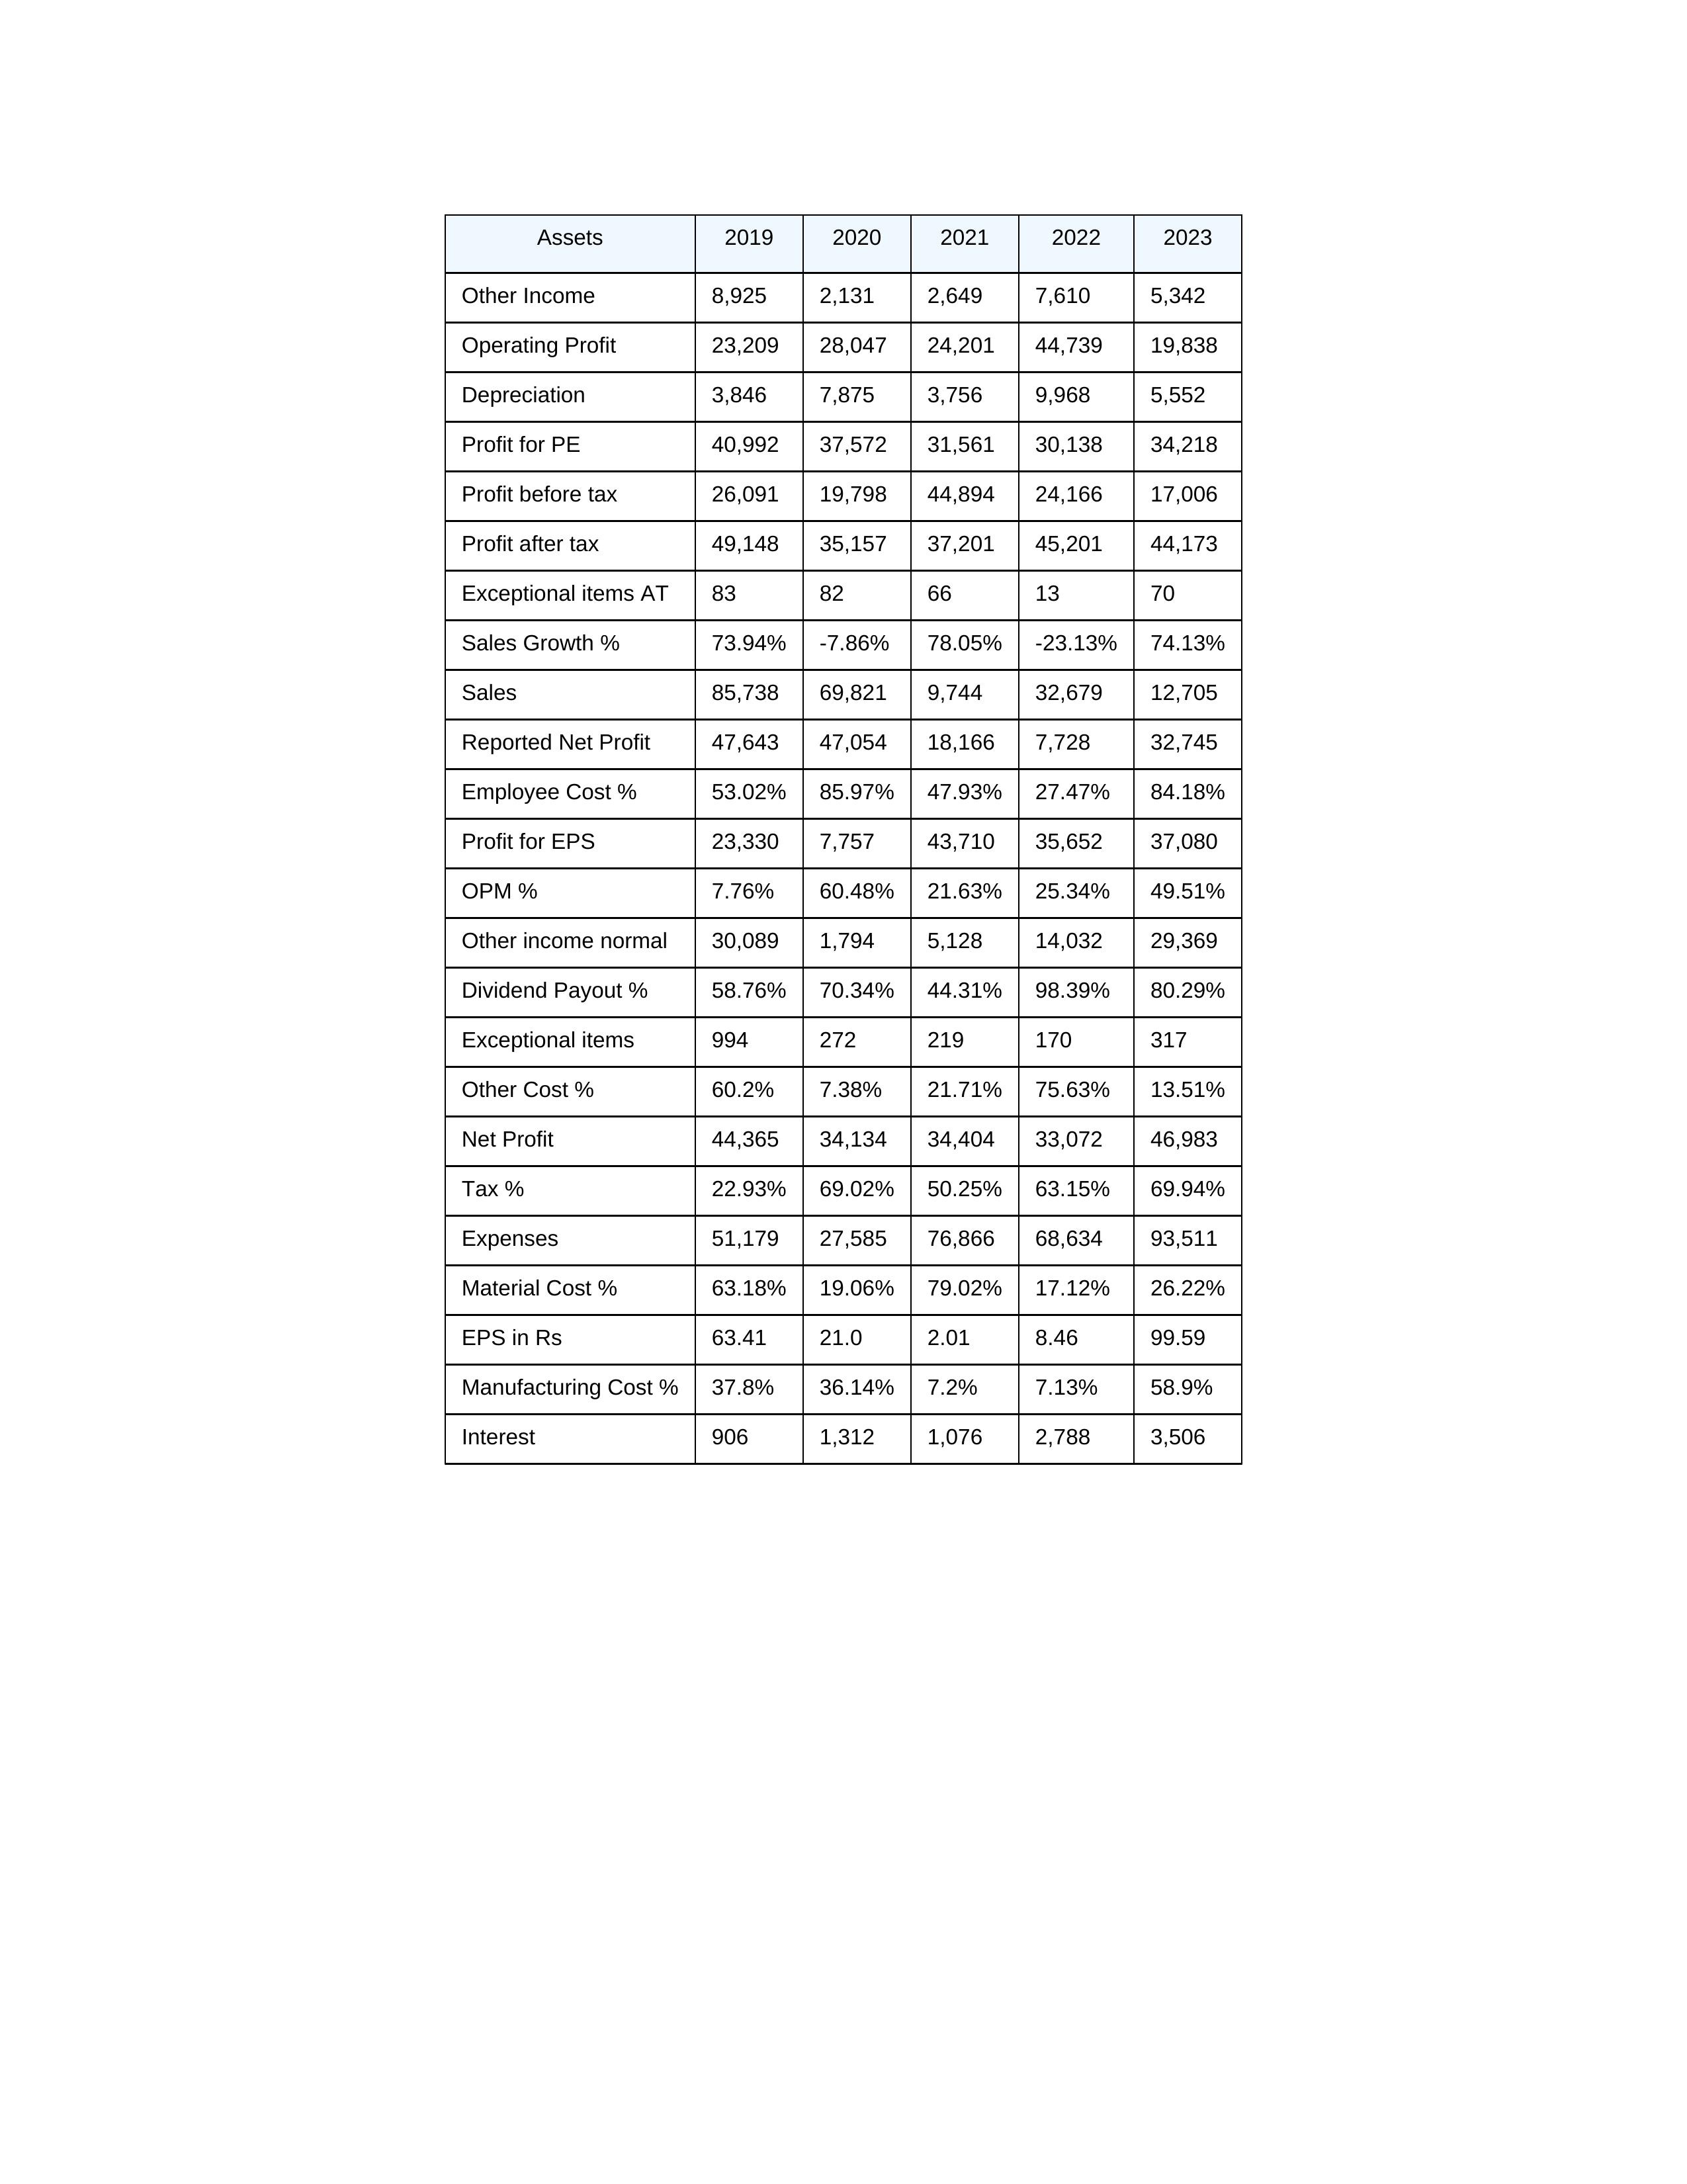
gt_parse: 2019: Sales: 85,738
Sales Growth %: 73.94%
Expenses: 51,179
Material Cost %: 63.18%
Manufacturing Cost %: 37.8%
Employee Cost %: 53.02%
Other Cost %: 60.2%
Operating Profit: 23,209
OPM %: 7.76%
Other Income: 8,925
Exceptional items: 994
Other income normal: 30,089
Interest: 906
Depreciation: 3,846
Profit before tax: 26,091
Tax %: 22.93%
Net Profit: 44,365
Profit after tax: 49,148
Reported Net Profit: 47,643
Profit for EPS: 23,330
Exceptional items AT: 83
Profit for PE: 40,992
EPS in Rs: 63.41
Dividend Payout %: 58.76%
2020: Sales: 69,821
Sales Growth %: -7.86%
Expenses: 27,585
Material Cost %: 19.06%
Manufacturing Cost %: 36.14%
Employee Cost %: 85.97%
Other Cost %: 7.38%
Operating Profit: 28,047
OPM %: 60.48%
Other Income: 2,131
Exceptional items: 272
Other income normal: 1,794
Interest: 1,312
Depreciation: 7,875
Profit before tax: 19,798
Tax %: 69.02%
Net Profit: 34,134
Profit after tax: 35,157
Reported Net Profit: 47,054
Profit for EPS: 7,757
Exceptional items AT: 82
Profit for PE: 37,572
EPS in Rs: 21
Dividend Payout %: 70.34%
2021: Sales: 9,744
Sales Growth %: 78.05%
Expenses: 76,866
Material Cost %: 79.02%
Manufacturing Cost %: 7.2%
Employee Cost %: 47.93%
Other Cost %: 21.71%
Operating Profit: 24,201
OPM %: 21.63%
Other Income: 2,649
Exceptional items: 219
Other income normal: 5,128
Interest: 1,076
Depreciation: 3,756
Profit before tax: 44,894
Tax %: 50.25%
Net Profit: 34,404
Profit after tax: 37,201
Reported Net Profit: 18,166
Profit for EPS: 43,710
Exceptional items AT: 66
Profit for PE: 31,561
EPS in Rs: 2.01
Dividend Payout %: 44.31%
2022: Sales: 32,679
Sales Growth %: -23.13%
Expenses: 68,634
Material Cost %: 17.12%
Manufacturing Cost %: 7.13%
Employee Cost %: 27.47%
Other Cost %: 75.63%
Operating Profit: 44,739
OPM %: 25.34%
Other Income: 7,610
Exceptional items: 170
Other income normal: 14,032
Interest: 2,788
Depreciation: 9,968
Profit before tax: 24,166
Tax %: 63.15%
Net Profit: 33,072
Profit after tax: 45,201
Reported Net Profit: 7,728
Profit for EPS: 35,652
Exceptional items AT: 13
Profit for PE: 30,138
EPS in Rs: 8.46
Dividend Payout %: 98.39%
2023: Sales: 12,705
Sales Growth %: 74.13%
Expenses: 93,511
Material Cost %: 26.22%
Manufacturing Cost %: 58.9%
Employee Cost %: 84.18%
Other Cost %: 13.51%
Operating Profit: 19,838
OPM %: 49.51%
Other Income: 5,342
Exceptional items: 317
Other income normal: 29,369
Interest: 3,506
Depreciation: 5,552
Profit before tax: 17,006
Tax %: 69.94%
Net Profit: 46,983
Profit after tax: 44,173
Reported Net Profit: 32,745
Profit for EPS: 37,080
Exceptional items AT: 70
Profit for PE: 34,218
EPS in Rs: 99.59
Dividend Payout %: 80.29%